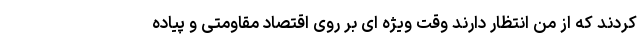
کردند که از من انتظار دارند وقت ویژه ای بر روی اقتصاد مقاومتی و پیاده